Annual report on the mental hospital in the Central Provinces and Berar (Nagpur) - 1927-1951
Year: 1927
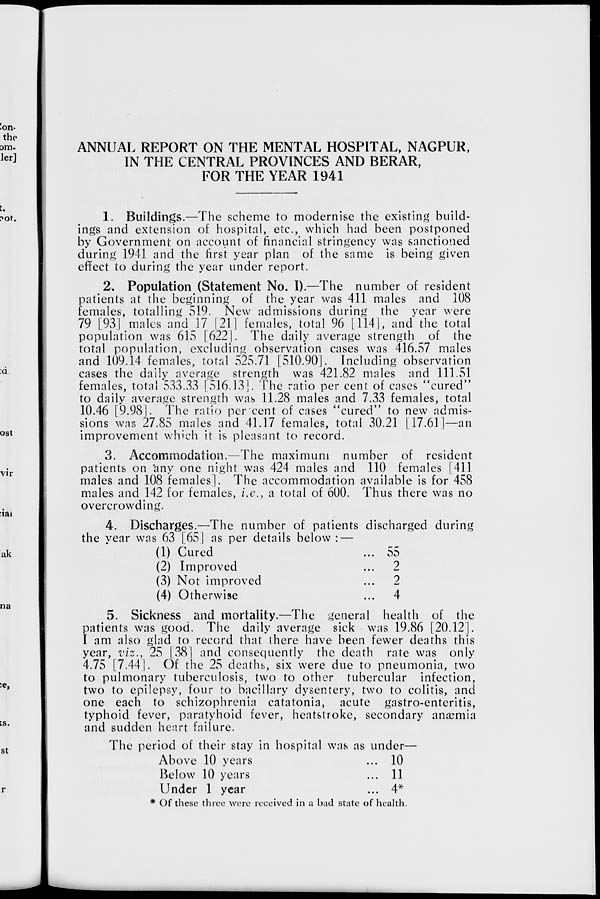
-on-
the
am.
let]
t.
ost
vir
:iai
ak
na
;s.
st
ANNUAL REPORT ON THE MENTAL HOSPITAL, NAGPUR,
IN THE CENTRAL PROVINCES AND BERAR,
FOR THE YEAR 1941
1. Buildings.—The scheme to modernise the existing build-
ings and extension of hospital, etc., which had been postponed
by Government on account of financial stringency was sanctioned
during 1941 and the first year plan of the same is being given
effect to during the year under report.
2. Population (Statement No. I).—The number of resident
patients at the beginning of the year was 411 males and 108
females, totalling S19. New admissions during the year were
79 [93] males and_17 [21] females, total 96 [114|, and the total
population was 61S [622]. The daily average strength of the
total population, excluding observation cases was 416.57 males
and 109.14 females, total 525.71 [510.90]. Including observation
cases the daily average strength was 421.82 males and 111.51
females, total 533.33 [516.13], The ratio per cent of cases "cured"
to daily average strength was 11.28 males and 7.33 females, total
10.46 [9.981. The ratio per cent of cases "cured' to new admis-
sions was 27.85 males and 41.17 females, total 30.21 [17.611—an
improvement which it is pleasant to record.
3. Accommodation.—The maximum number of resident
patients on 'any one night was 424 males and 110 females [411
males and 108 females]. The accommodation available is for 458
males and 142 for females, i.e., a total of 600. Thus there was no
overcrowding.
4. Discharges.—The number of patients discharged during
the vear was 63 [65] as per details below :
(1) Cured
(2) Improved
(3) Not improved
(4) Otherwise
5. Sickness and mortality.—The
patients was good. The daily average
I am also glad to record that there have been fewer deaths this
year, viz., 25 [381 and consequently the death rate was only
4.75 [7.44]. Of the 25 deaths, six were due to pneumonia, two
to pulmonary tuberculosis, two to other tubercular infection,
two to epilepsy, four to bacillary dysentery, two to colitis, and
one each to schizophrenia catatonia, acute gastro-enteritis,
typhoid fever, paratyhoid fever, heatstroke, secondary anaemia
and sudden heart failure.
The period of their stay in hospital was as under—
Above 10 years
... 10
Below 10 years
... 11
Under 1 year
... 4*
* Of these three were received in a bad state of health.
55
2
2
'.'.'.
4
general health of the
sick was 19.86 [20.12].